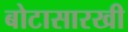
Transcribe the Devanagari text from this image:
बोटासारखी